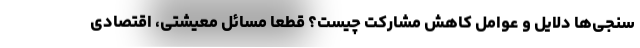
سنجی‌ها دلایل و عوامل کاهش مشارکت چیست؟ قطعاً مسائل معیشتی، اقتصادی